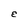
Character: E